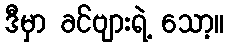
ဒီမှာ ခင်ဗျားရဲ့ သော့။